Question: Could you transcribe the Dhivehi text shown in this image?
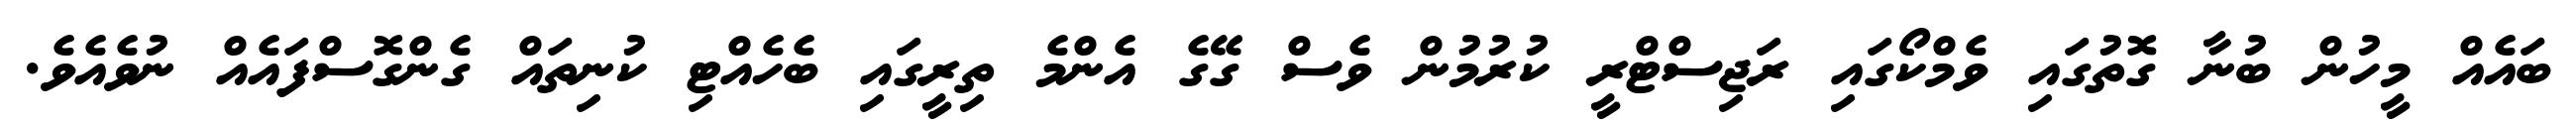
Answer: ބައެއް މީހުން ބުނާ ގޮތުގައި ވެމްކޯގައި ރަޖިސްޓްރީ ކުރުމުން ވެސް ގޭގެ އެންމެ ތިރީގައި ބެހެއްޓި ކުނިތައް ގެންގޮސްފައެއް ނުވެއެވެ.